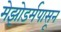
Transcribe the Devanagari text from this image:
मेझोडर्मपासून